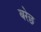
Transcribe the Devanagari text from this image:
बरेछ